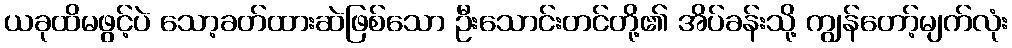
ယခုထိမဖွင့်ပဲ သော့ခတ်ထားဆဲဖြစ်သော ဦးသောင်းတင်တို့၏ အိပ်ခန်းသို့ ကျွန်တော့်မျက်လုံး